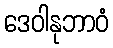
ဒေဝါနုဘာဝံ